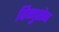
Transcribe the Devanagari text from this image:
विष्णुसेन